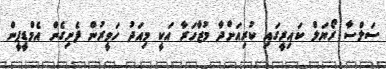
ސަލްސާ ރޯޔަލް ކައިރީގައި ކުރިއަށްދާ މުޒާހަރާ އަކީ މިއަދު ހަވީރުން ފެށިގެން އެމްޑީޕީން